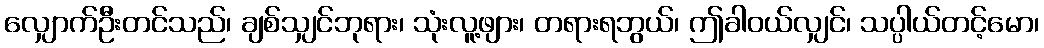
လျှောက်ဦးတင်သည်၊ ချစ်သျှင်ဘုရား၊ သုံးလူ့ဖျား၊ တရားရဘွယ်၊ ဤခါဝယ်လျှင်၊ သပ္ပါယ်တင့်မော၊